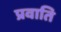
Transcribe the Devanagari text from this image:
प्रवाति